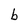
Character: b